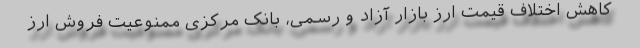
کاهش اختلاف قیمت ارز بازار آزاد و رسمی، بانک مرکزی ممنوعیت فروش ارز